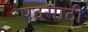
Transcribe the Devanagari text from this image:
पदसाठी